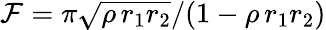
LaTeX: \mathcal{F}=\pi\sqrt{\rho\, r_{1}r_{2}}/(1-\rho\, r_{1}r_{2})